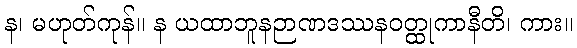
န၊ မဟုတ်ကုန်။ န ယထာဘူနဉာဏဒဿနဝတ္ထုကာနီတိ၊ ကား။